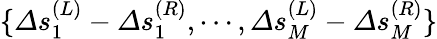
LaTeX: \{ \varDelta s_{1}^{(L)}-\varDelta s_{1}^{(R)},\cdots,\varDelta s_{M}^{(L)}-\varDelta s_{M}^{(R)}\}